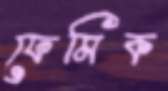
ফেমিক